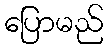
ပြောမည်